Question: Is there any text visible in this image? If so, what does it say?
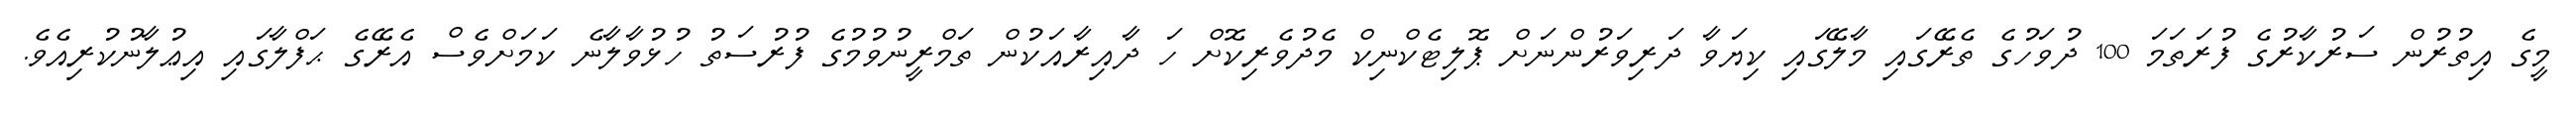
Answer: މީގެ އިތުރުން ސަރުކާރުގެ ފުރަތަމަ 100 ދުވަހުގެ ތެރޭގައި މާލޭގައި ކިޔަވާ ދަރިވަރުންނަށް ޕޮލިޓެކްނިކް މެދުވެރިކޮށް ހަ ދާއިރާއަކުން ތަމްރީނުވުމުގެ ފުރުސަތު ހުޅުވާލާނެ ކަމަށްވެސް އެރޭގެ ޙަފްލާގައި އިޢުލާނުކުރިއެވެ.